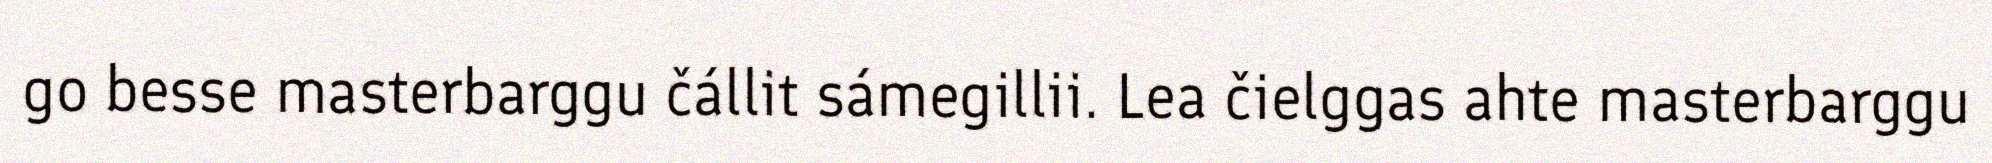
go besse masterbarggu čállit sámegillii. Lea čielggas ahte masterbarggu